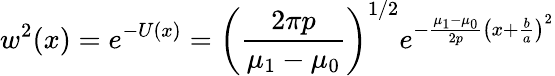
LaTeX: w^{2}(x)=e^{-U(x)}=\left({\frac{2\pi p}{\mu_{1}-\mu_{0}}}\right)^{1/2}e^{-{\frac{\mu_{1}-\mu_{0}}{2p}}\left(x+{\frac{b}{a}}\right)^{2}}